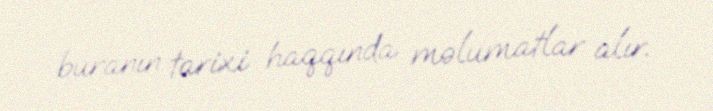
buranın tarixi haqqında məlumatlar alır.